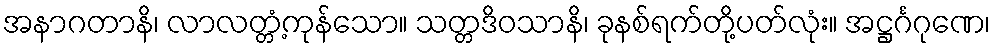
အနာဂတာနိ၊ လာလတ္တံ့ကုန်သော။ သတ္တဒိဝသာနိ၊ ခုနစ်ရက်တို့ပတ်လုံး။ အဋ္ဌင်္ဂဂုဏေ၊